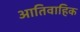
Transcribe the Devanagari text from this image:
आतिवाहिक